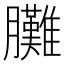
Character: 𦣎